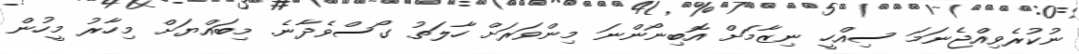
ނުކުރެވިއްޖެނަމަ ސިއްހީ ނިޒާމަށް އޮބިނޯންނަ މިންވަރަށް ހާލަތު ގޯސްވެދާނެ. މިބައްޔަށް މިހާރު މީހުން